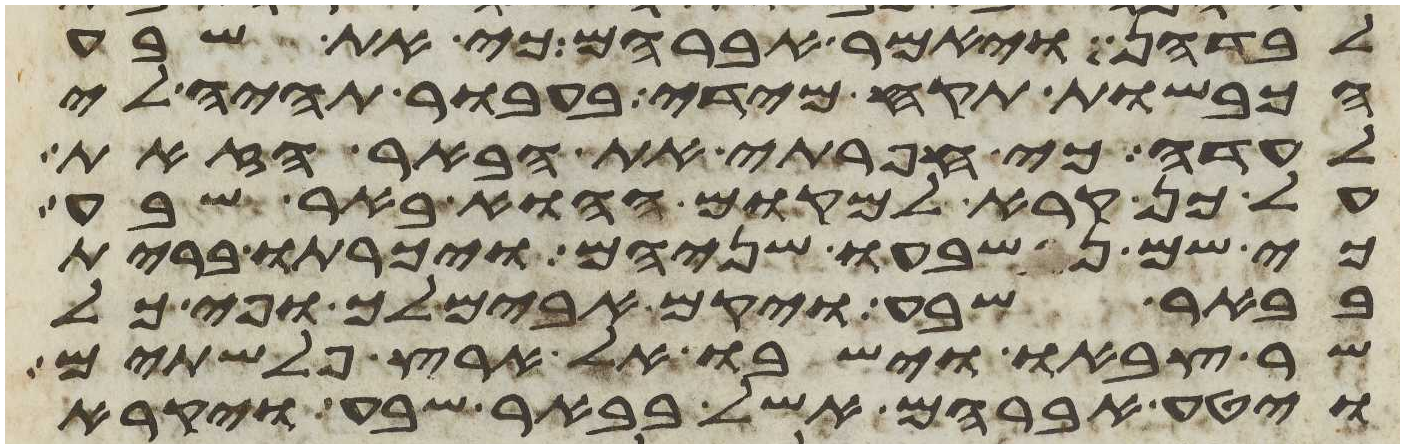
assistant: לבדהן ויאמר אברהם כי את שבע
הכבשות תקח מידי בעבור תהיה לי
לעדה כי חפרתי את הבאר הזאת
על כן קרא למקום ההוא באר שבע
כי שם נשבעו שניהם ויכרתו ברית
בבאר שבע ויקם אבימלך ופי כל
שר צבאו וישבו אל ארץ פלשתים
ויטע אברהם אשל בבאר שבע ויקרא